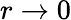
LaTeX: r\to 0